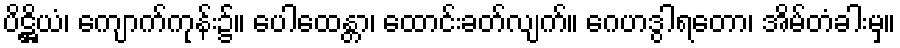
ပိဋ္ဌိယံ၊ ကျောက်ကုန်း၌။ ပေါထေန္တာ၊ ထောင်းခတ်လျက်။ ဂေဟဒွါရတော၊ အိမ်တံခါးမှ။